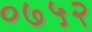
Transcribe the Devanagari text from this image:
०७५२